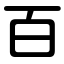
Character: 百